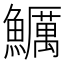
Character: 鱱